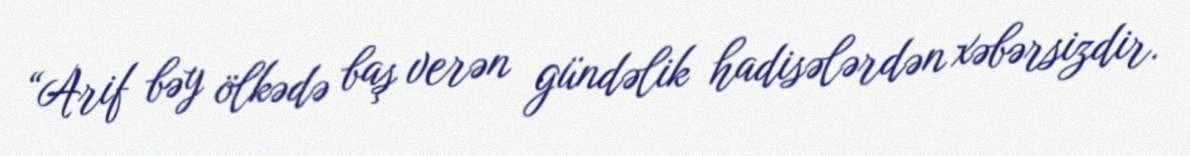
“Arif bəy ölkədə baş verən gündəlik hadisələrdən xəbərsizdir.